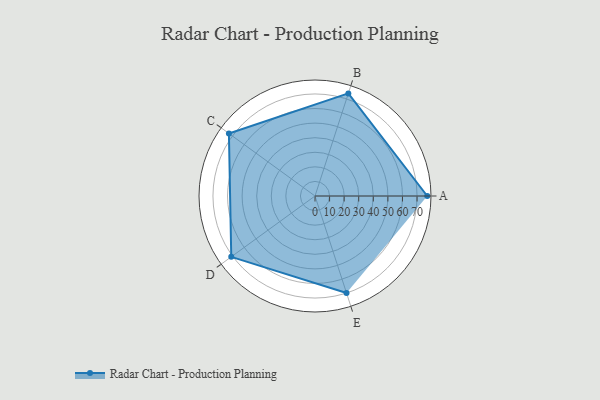
{"axis": {"x": "Skill", "y": "Score"}, "legend": ["Profile"], "data": [{"x": "A", "y": 77.0, "type": "Profile"}, {"x": "B", "y": 74.0, "type": "Profile"}, {"x": "C", "y": 73.0, "type": "Profile"}, {"x": "D", "y": 71.0, "type": "Profile"}, {"x": "E", "y": 70.0, "type": "Profile"}]}